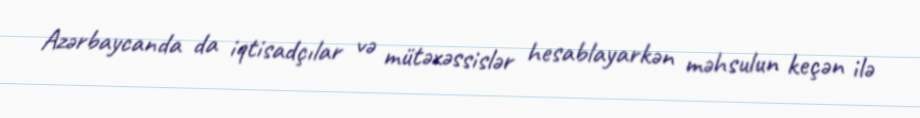
Azərbaycanda da iqtisadçılar və mütəxəssislər hesablayarkən məhsulun keçən ilə